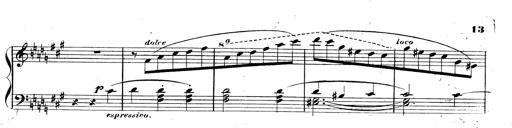
Title: 3 Caprices-Valses
Composer: Franz Liszt